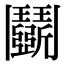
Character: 鬬